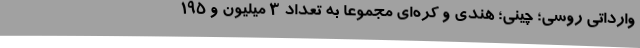
وارداتی روسی؛ چینی؛ هندی و کره‌ای مجموعاً به تعداد ۳ میلیون و ۱۹۵